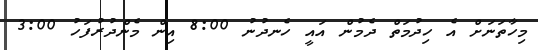
މިހާތަނަށް އެ ހިދުމަތް ދެމުން އައީ ހެނދުނު 8:00 އިން މެންދުރުފަހު 3:00